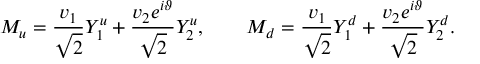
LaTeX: { M } _ { u } = \frac { v _ { 1 } } { \sqrt 2 } { Y } _ { 1 } ^ { u } + \frac { v _ { 2 } e ^ { i \vartheta } } { \sqrt 2 } { Y } _ { 2 } ^ { u } , \qquad { M } _ { d } = \frac { v _ { 1 } } { \sqrt 2 } { Y } _ { 1 } ^ { d } + \frac { v _ { 2 } e ^ { i \vartheta } } { \sqrt 2 } { Y } _ { 2 } ^ { d } .